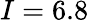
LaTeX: I=6.8